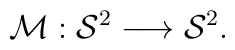
{\cal{M}}: {\cal{S}}^{2} \longrightarrow {\cal S}^{2}.